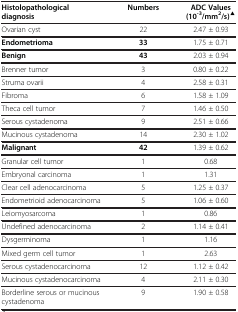
| Histolopathological diagnosis | Numbers | ADC Values (10-3/mm2/s)▲ |
 | --- | --- | --- |
 | Ovarian cyst | 22 | 2.47 ± 0.93 |
 | Endometrioma | 33 | 1.75 ± 0.71 |
 | Benign | 43 | 2.03 ± 0.94 |
 | Brenner tumor | 3 | 0.80 ± 0.22 |
 | Struma ovarii | 4 | 2.58 ± 0.31 |
 | Fibroma | 6 | 1.58 ± 1.09 |
 | Theca cell tumor | 7 | 1.46 ± 0.50 |
 | Serous cystadenoma | 9 | 2.51 ± 0.66 |
 | Mucinous cystadenoma | 14 | 2.30 ± 1.02 |
 | Malignant | 42 | 1.39 ± 0.62 |
 | Granular cell tumor | 1 | 0.68 |
 | Embryonal carcinoma | 1 | 1.31 |
 | Clear cell adenocarcinoma | 5 | 1.25 ± 0.37 |
 | Endometrioid adenocarcinoma | 5 | 1.06 ± 0.60 |
 | Leiomyosarcoma | 1 | 0.86 |
 | Undefined adenocarcinoma | 2 | 1.14 ± 0.41 |
 | Dysgerminoma | 1 | 1.16 |
 | Mixed germ cell tumor | 1 | 2.63 |
 | Serous cystadenocarcinoma | 12 | 1.12 ± 0.42 |
 | Mucinous cystadenocarcinoma | 4 | 2.11 ± 0.30 |
 | Borderline serous or mucinous cystadenoma | 9 | 1.90 ± 0.58 |